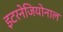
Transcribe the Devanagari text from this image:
इटरनेजियोनाल